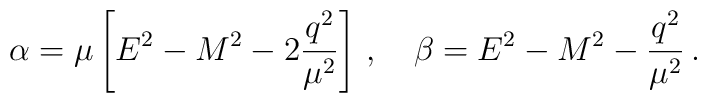
\alpha=\mu\left[E^{2}-M^{2}-2\frac{q^2}{\mu^2}\right]\,,\quad\beta=E^{2}-M^{2}-\frac{q^2}{\mu^2}\,.